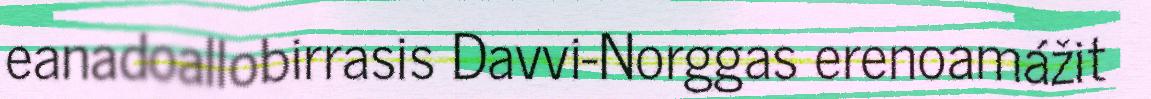
eanadoallobirrasis Davvi-Norggas erenoamážit